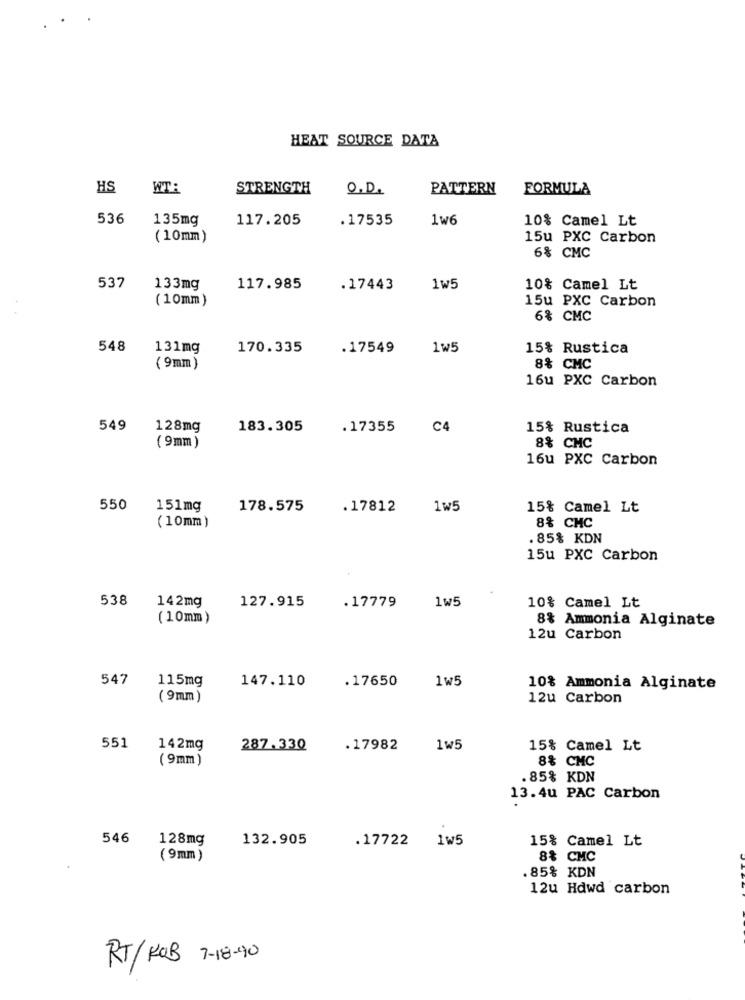
HEAT SOURCE DATA
HS
WT:
STRENGTH
O.D.
PATTERN
FORMULA
536
135mg
117.205
.17535
1 w6
10% Camel Lt
(10mm)
15u PXC Carbon
6% CMC
537
133mg
117.985
.17443
1w5
10% Camel Lt
(10mm )
15u PXC Carbon
6% CMC
548
131mg
170.335
.17549
1w5
15% Rustica
( 9mm )
8% CMC
16u PXC Carbon
549
128mg
183.305
. 17355
C4
15% Rustica
(9mm )
8% CMC
16u PXC Carbon
550
151mg
178.575
.17812
1w5
15% Camel Lt
(10mm)
8% CHC
.85% KDN
15u PXC Carbon
538
142mg
.17779
1w5
127.915
10% Camel Lt
(10mm)
8% Ammonia Alginate
12u Carbon
547
115mg
147.110
.17650
1w5
10% Ammonia Alginate
(9mm)
12u Carbon
551
142mg
287.330
. 17982
1w5
15% Camel Lt
(9mm)
8% CMC
. 85% KDN
13.4u PAC Carbon
546
128mg
132.905
. 17722
1w5
15% Camel Lt
(9mm)
8% CMC
.85% KDN
12u Hdwd carbon
RT/ RGB 7-18-90